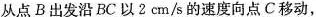
从点B出发沿BC以2cm/s的速度向点C移动，